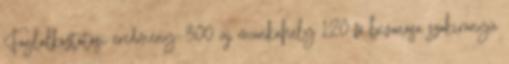
Foglalkoztatási eredmény: 300 új munkahely 120 fő bevonása szakirányú